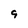
Character: 9